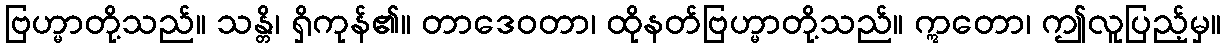
ဗြဟ္မာတို့သည်။ သန္တိ၊ ရှိကုန်၏။ တာဒေဝတာ၊ ထိုနတ်ဗြဟ္မာတို့သည်။ ဣတော၊ ဤလူပြည့်မှ။